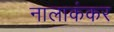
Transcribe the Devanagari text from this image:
नालाकंकर